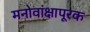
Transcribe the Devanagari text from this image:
मनोवांक्षापूरक